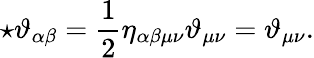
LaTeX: \star\vartheta_{\alpha\beta}={\frac{1}{2}}\eta_{\alpha\beta\mu\nu}\vartheta_{\mu\nu}=\vartheta_{\mu\nu}.